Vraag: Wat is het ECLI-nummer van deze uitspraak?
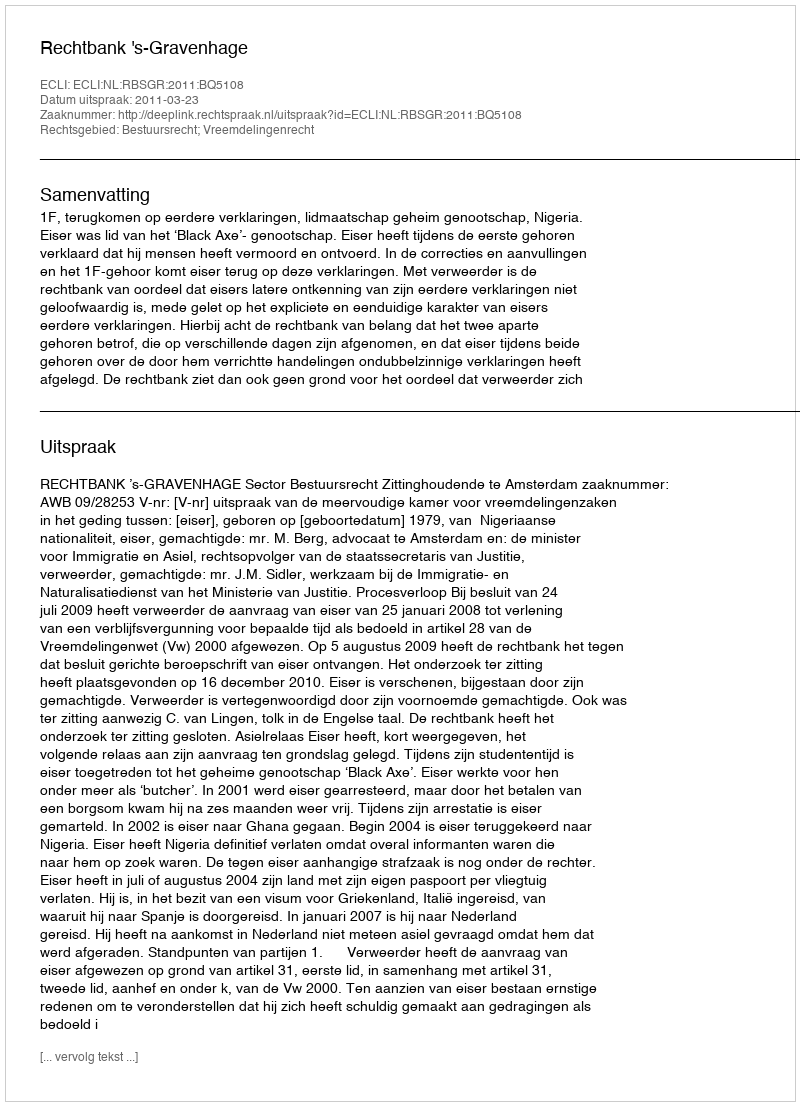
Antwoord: ECLI:NL:RBSGR:2011:BQ5108